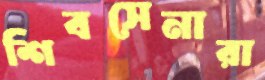
শিবসেনারা